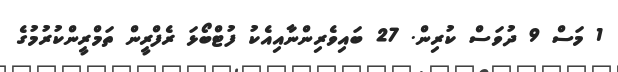
1 މަސް 9 ދުވަސް ކުރިން. 27 ބައިވެރިންނާއިއެކު ފުޓްބޯޅަ ރެފްރީން ތަމްރީންކުރުމުގެ